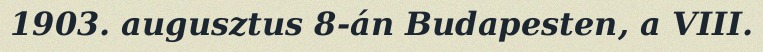
1903. augusztus 8-án Budapesten, a VIII.